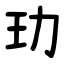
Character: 玏